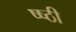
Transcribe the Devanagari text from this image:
ष्ष्ठी